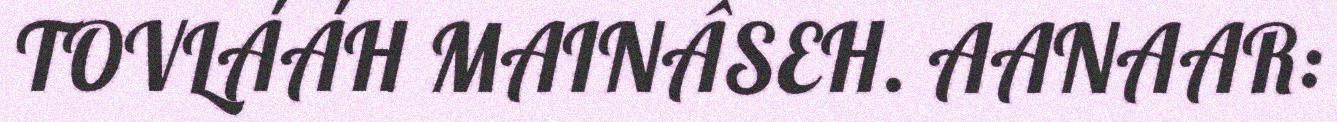
TOVLÁÁH MAINÂSEH. AANAAR: